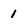
Character: 1